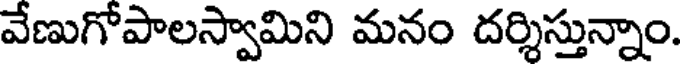
వేణుగోపాలస్వామిని మనం దర్శిస్తున్నాం.